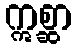
ဣစ္ဆာ